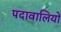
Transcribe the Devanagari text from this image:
पदावालियों